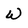
Character: W